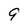
Character: 9